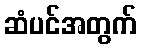
ဆံပင်အတွက်